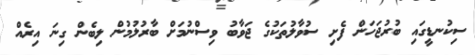
ސިކުނޑީގައި ބުރުޖަހަން ފެށި ސުވާލުތަކުގެ ޖަވާބު ވިސްނުމަށް ބާރުލުމުން ލިބެން ގިނަ އިރެއް